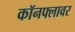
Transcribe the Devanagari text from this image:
कॉनफ्लावर